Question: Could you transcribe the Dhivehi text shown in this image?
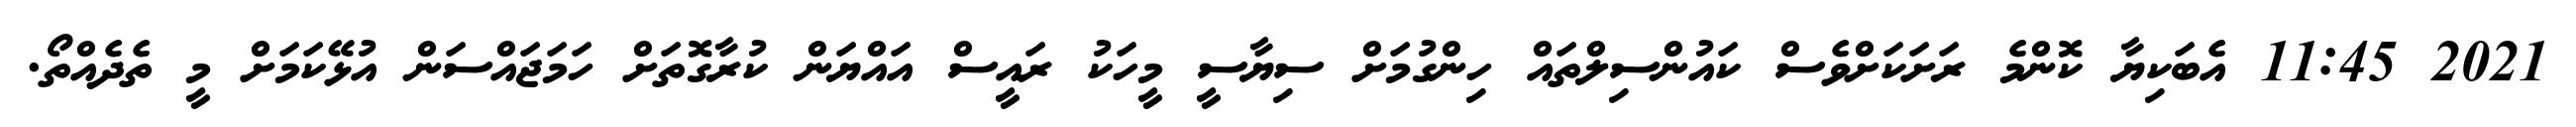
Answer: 2021 11:45 އެބަކިޔާ ކޮންމެ ރަށަކަށްވެސް ކައުންސިލްތައް ހިންގުމަށް ސިޔާސީ މީހަކު ރައީސް އައްޔަން ކުރާގޮތަށް ހަމަޖައްސަން އުޅޭކަމަށް މީ ތެދެއްތޯ.